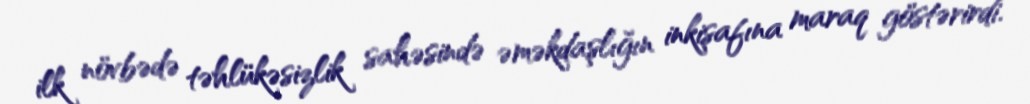
ilk növbədə təhlükəsizlik sahəsində əməkdaşlığın inkişafına maraq göstərirdi.